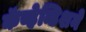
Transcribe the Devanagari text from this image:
कॅव्हेन्डिशने